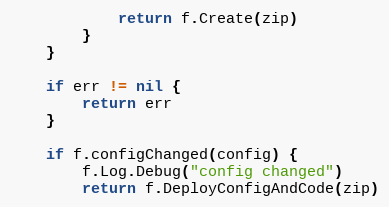
Language: Go
			return f.Create(zip)
		}
	}

	if err != nil {
		return err
	}

	if f.configChanged(config) {
		f.Log.Debug("config changed")
		return f.DeployConfigAndCode(zip)